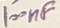
Text: 100nF